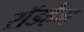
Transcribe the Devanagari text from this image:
रॉडहैम